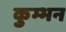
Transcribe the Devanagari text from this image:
कुम्भन